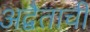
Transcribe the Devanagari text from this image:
अद्वैताची